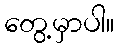
တွေ့မှာပါ။